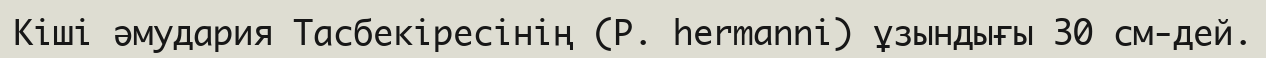
Кіші әмудария Тасбекіресінің (P. hermannі) ұзындығы 30 см-дей.